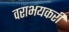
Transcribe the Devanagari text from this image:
वराभयकरी